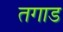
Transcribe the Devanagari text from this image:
तगाड